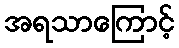
အရသာကြောင့်